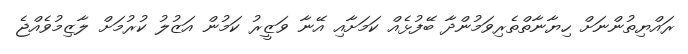
ރައްޔިތުންނަށް ހިޔާނާތްތެރިވަމުންދާ ބޭފުޅެއް ކަމަށާއި އޭނާ ވަޒީރު ކަމުން އަޒުލު ކުރުމަށް ލާޒިމުވެއްޖެ